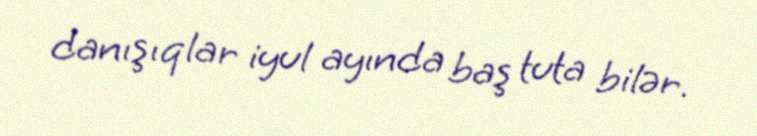
danışıqlar iyul ayında baş tuta bilər.